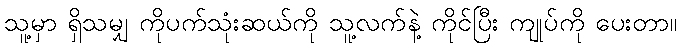
သူ့မှာ ရှိသမျှ ကိုပက်သုံးဆယ်ကို သူ့လက်နဲ့ ကိုင်ပြီး ကျုပ်ကို ပေးတာ။